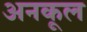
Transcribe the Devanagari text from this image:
अनकूल